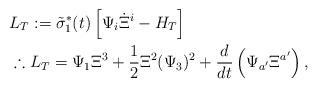
LaTeX: \begin{align*}&L_{T}:=\tilde{\sigma}_{1}^{*}(t)\left[\Psi_{i}\dot{\Xi}^{i}-H_{T}\right]\\&\therefore L_{T}=\Psi_{1}\Xi^{3}+\frac{1}{2}\Xi^{2}(\Psi_{3})^{2}+\frac{d}{dt}\left(\Psi_{a'}\Xi^{a'}\right),\end{align*}